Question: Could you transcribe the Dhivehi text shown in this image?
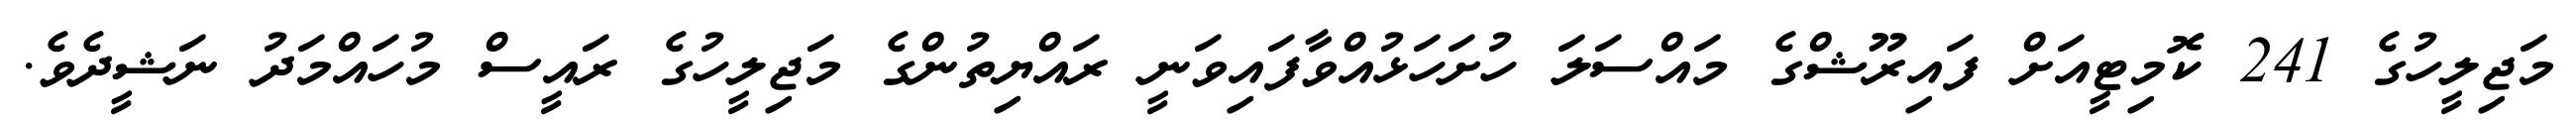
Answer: މަޖިލީހުގެ 241 ކޮމިޓީއަށް ފައިރޫޝްގެ މައްސަލަ ހުށަހަޅުއްވާފައިވަނީ ރައްޔިތުންގެ މަޖިލީހުގެ ރައީސް މުހައްމަދު ނަޝީދެވެ.